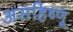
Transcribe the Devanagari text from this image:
असहिष्णू